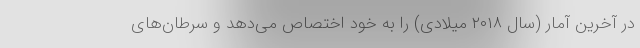
در آخرین آمار (سال ۲۰۱۸ میلادی) را به خود اختصاص می‌دهد و سرطان‌های